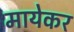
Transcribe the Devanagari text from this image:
मायेकर